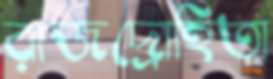
রাজদ্রোহিতা